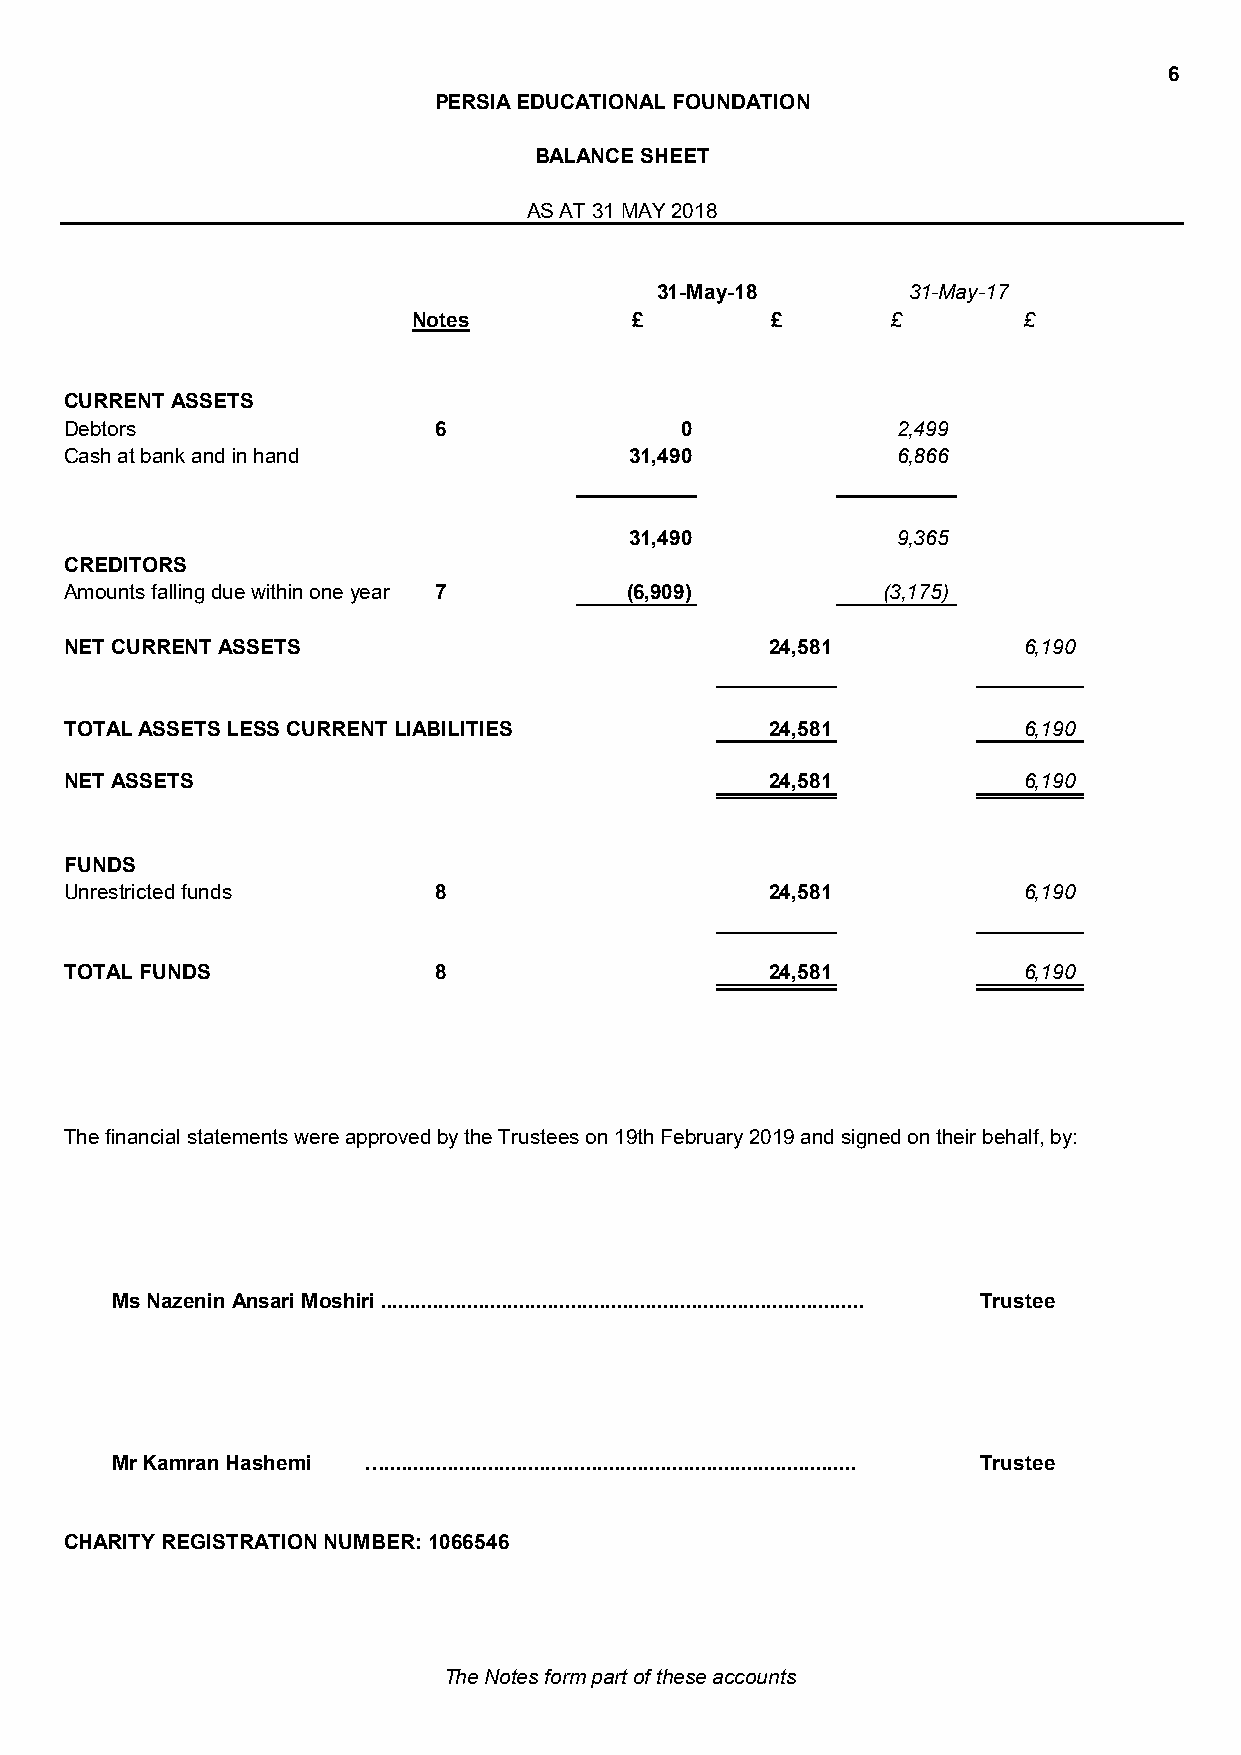
6
 PERSIA EDUCATIONAL FOUNDATION
 BALANCE SHEET
 AS AT 31 MAY 2018
 31-May-18        31-May-17
 Notes          £        £       £        £
 CURRENT ASSETS
 Debtors                  6               0             2,499
 Cash at bank and in hand              31,490           6,866
 31,490           9,365
 CREDITORS
 Amounts falling due within one year 7 (6,909)         (3,175)
 NET CURRENT ASSETS                             24,581           6,190
 TOTAL ASSETS LESS CURRENT LIABILITIES          24,581           6,190
 NET ASSETS                                     24,581           6,190
 FUNDS
 Unrestricted funds       8                     24,581           6,190
 TOTAL FUNDS              8                     24,581           6,190
 The financial statements were approved by the Trustees on 19th February 2019 and signed on their behalf, by:
 Ms Nazenin Ansari Moshiri .................................................................................... Trustee
 Mr Kamran Hashemi ….................................................................................. Trustee
 CHARITY REGISTRATION NUMBER: 1066546
 The Notes form part of these accounts